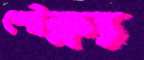
শৌক্ল্য